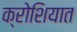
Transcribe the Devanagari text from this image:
क्रोशियात